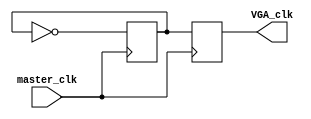
module clk_VGA(input master_clk,
					output reg VGA_clk);

	reg VGA_clk_reg;

	always@(posedge master_clk)
	begin
		VGA_clk_reg <= ~VGA_clk_reg; 
		VGA_clk <= VGA_clk_reg;
	end
endmodule